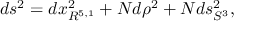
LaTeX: d s ^ { 2 } = d x _ { R ^ { 5 , 1 } } ^ { 2 } + N d \rho ^ { 2 } + N d s _ { S ^ { 3 } } ^ { 2 } ,